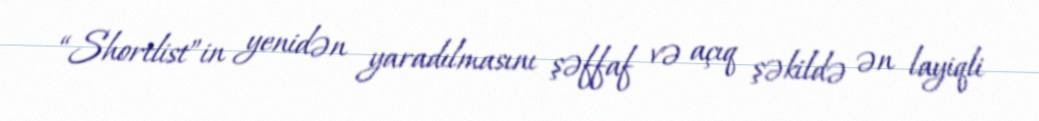
“Shortlist”in yenidən yaradılmasını şəffaf və açıq şəkildə ən layiqli